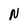
Character: N